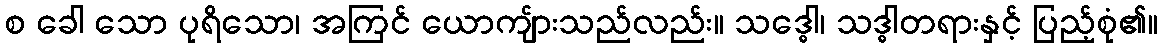
စ ခေါ သော ပုရိသော၊ အကြင် ယောကျ်ားသည်လည်း။ သဒ္ဓေါ၊ သဒ္ဓါတရားနှင့် ပြည့်စုံ၏။